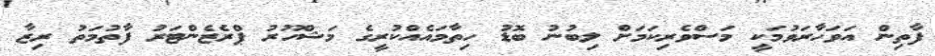
ފާތިން އަވަހާރަވުމަކީ މަސްވެރިކަމަށް ލިބުނު ބޮޑު ހިތާމައެއްކުރީގެ މަޝްހޫރު ޕްރެޒެންޓަރު ފާތުމަތު ރިޒާ